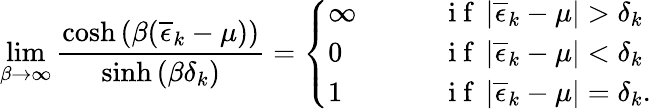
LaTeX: \operatorname*{lim}_{\beta\to\infty}\frac{\cosh\left(\beta(\overline{{\epsilon}}_{k}-\mu)\right)}{\sinh\left(\beta\delta_{k}\right)}=\left\{ \begin{array}{ll}{\infty\qquad}&{\mathrm{~i~f~}\left|\overline{{\epsilon}}_{k}-\mu\right|>\delta_{k}}\\ {0\qquad}&{\mathrm{~i~f~}\left|\overline{{\epsilon}}_{k}-\mu\right|<\delta_{k}}\\ {1\qquad}&{\mathrm{~i~f~}\left|\overline{{\epsilon}}_{k}-\mu\right|=\delta_{k}.}\end{array}\right.